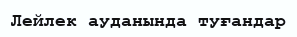
Лейлек ауданында туғандар